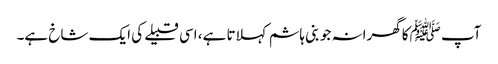
آپ ﷺکا گھرانہ جو بنی ہاشم کہلاتا ہے، اسی قبیلے کی ایک شاخ ہے۔